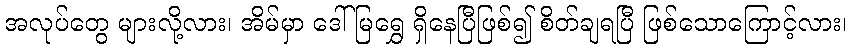
အလုပ်တွေ များလို့လား၊ အိမ်မှာ ဒေါ်မြရွှေ ရှိနေပြီဖြစ်၍ စိတ်ချရပြီ ဖြစ်သောကြောင့်လား၊